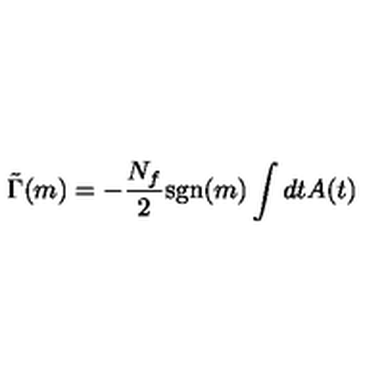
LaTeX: \tilde { \Gamma } ( m ) = - \frac { N _ { f } } { 2 } \mathrm { s g n } ( m ) \int d t A ( t )